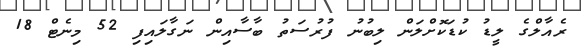
ރެއާލްގެ ލީޑު ކުޑަކޮށްލަން ލިބުނު ފުރުސަތު ބާސާއިން ނަގާލައިފި 52 މިނެޓް 18